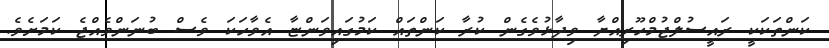
ކަންތަކަކީ ރައީސުލްޖުމްހޫރިއްޔާ ވިދާޅުވެގެން ކުރާ ކަންތައް ކަމުގައިވަންޏާ އެވާހަކަ ވެސް ބުނަންވެއްޖެ ކަމަށެވެ.